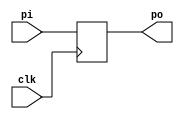
module Register (clk, pi, po);
parameter size = 32;
input clk;
input [size-1:0] pi;
output reg [size-1:0] po = 0;

always @(posedge clk) begin
    po <= pi;
end
    
endmodule